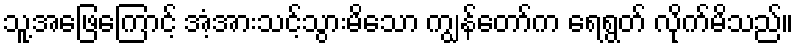
သူ့အဖြေကြောင့် အံ့အားသင့်သွားမိသော ကျွန်တော်က ရေရွတ် လိုက်မိသည်။